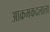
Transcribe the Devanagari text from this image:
आक्रमकदलाला